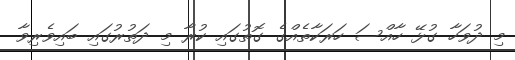
މި ދުވަހާ ގުޅޭ ހާއްސަ ހަރަކާތެއްގެ ގޮތުގައި ކުރާ މި ދަތުރުގައި ބައިވެރިވާ